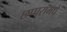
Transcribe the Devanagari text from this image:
छप्परामधे